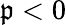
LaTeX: \mathfrak{p}<0